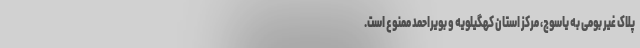
پلاک‌ غیر بومی به یاسوج، مرکز استان کهگیلویه و بویراحمد ممنوع است.